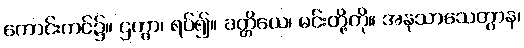
ကောင်းကင်၌။ ဌတွာ၊ ရပ်၍။ ခတ္တိယေ၊ မင်းတို့ကို။ အနုသာသေတွာန၊